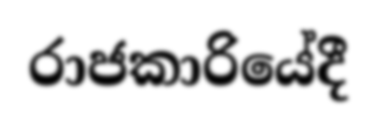
රාජකාරියේදී